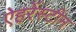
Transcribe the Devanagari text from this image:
ऐहरेंस्टीन